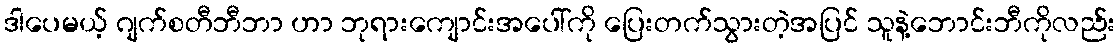
ဒါပေမယ့် ဂျက်စတီဘီဘာ ဟာ ဘုရားကျောင်းအပေါ်ကို ပြေးတက်သွားတဲ့အပြင် သူနဲ့ဘောင်းဘီကိုလည်း